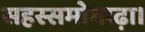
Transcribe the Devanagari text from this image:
सहस्समोगाढ़ा।